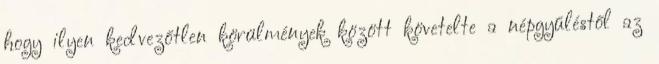
hogy ilyen kedvezőtlen körülmények között követelte a népgyűléstől az